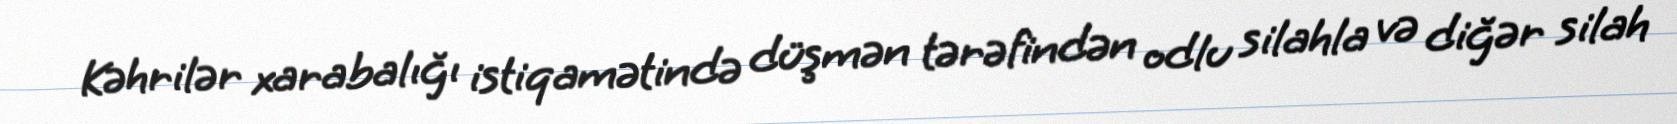
Kəhrilər xarabalığı istiqamətində düşmən tərəfindən odlu silahla və diğər silah